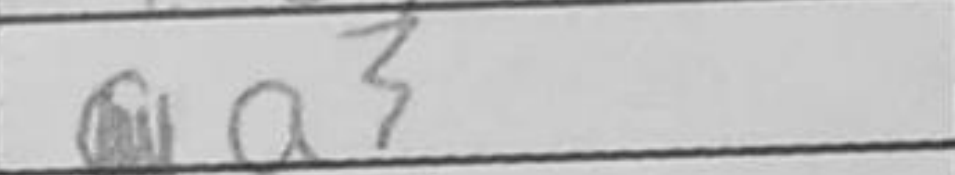
Transcription: Kc5